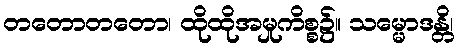
တတောတတော၊ ထိုထိုအမှုကိစ္စ၌။ သမ္မောဒန္တိ၊